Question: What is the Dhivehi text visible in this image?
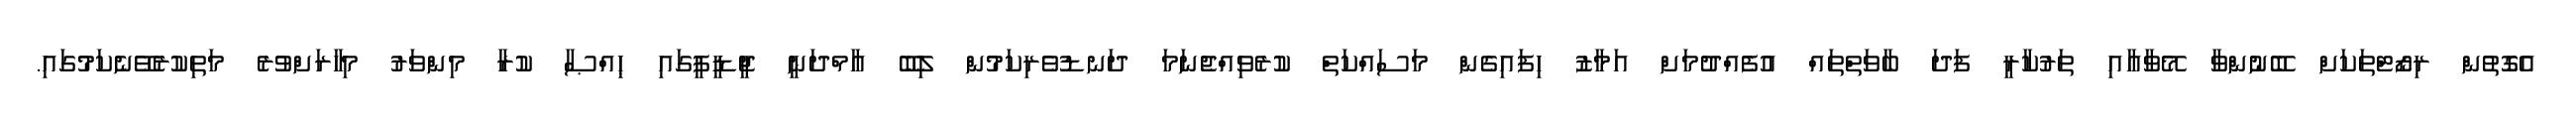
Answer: އެގޮތުން ރިޒޯޓްތަކަށް ބޭނުންވާ މޭވާއާއި ތަރުކާރީ ފަދަ ބާވަތްތައް އުފެއްދުމަށް އަމާޒު ހިފައިގެން މަސައްކަތް ކުރެވިއްޖެނަމަ ދަނޑުވެރިކަމުން ލިބޭ އާމްދަނީ ޖީޑީޕީގައި ޙިއްޞާ ކުރާ މިންވަރު މިހާރަށްވުރެ މަތިކުރެވޭނެކަމުގައި.